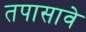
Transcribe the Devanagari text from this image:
तपासावे